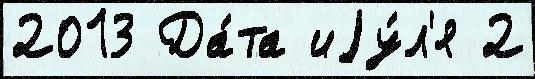
2013 Да́та иjу́л'я 2